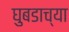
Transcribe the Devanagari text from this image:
घुबडाच्या